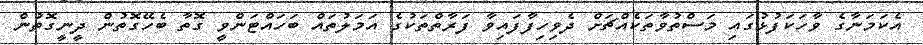
އެކަމަނާގެ ވާހަކަފުޅުގައި މަސްތުވާތަކެއްޗަށް ދެވިހިފާފައިވާ ފަރާތްތަކުގެ އަމަލުތައް ބަހައްޓަންވީ ގޮތާ ބެހޭގޮތުން ދީނީގޮތުން